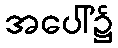
အပေါ်၌